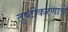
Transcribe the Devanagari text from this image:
तुष्टीकरणाचे